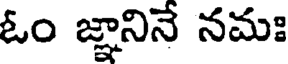
ఓం జ్ఞానినే నమః